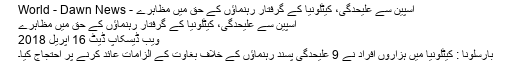
اسپین سے علیحدگی، کیٹلونیا کے گرفتار رہنماؤں کے حق میں مظاہرے - World - Dawn News
اسپین سے علیحدگی، کیٹلونیا کے گرفتار رہنماؤں کے حق میں مظاہرے
ویب ڈیسکاپ ڈیٹ 16 اپريل 2018
بارسلونا : کیٹلونیا میں ہزاروں افراد نے 9 علیحدگی پسند رہنماؤں کے خلاف بغاوت کے الزامات عائد کرنے پر احتجاج کیا۔